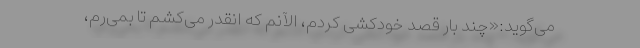
می‌گوید:«چند بار قصد خودکشی کردم، الآنم که انقدر می‌کشم تا بمی‌رم،